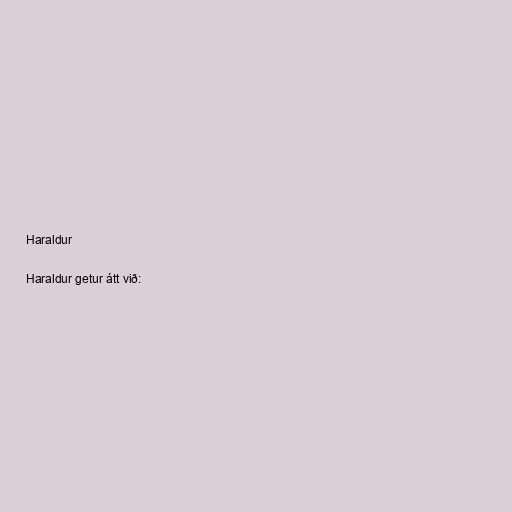
Haraldur

Haraldur getur átt við: